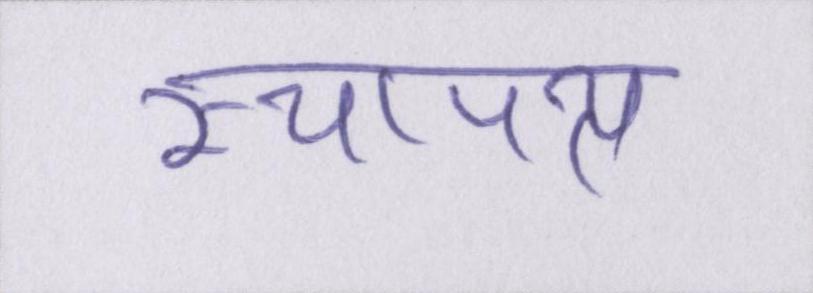
स्थापत्य